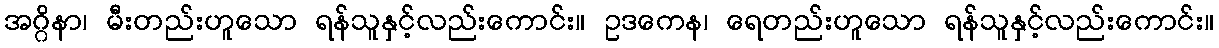
အဂ္ဂိနာ၊ မီးတည်းဟူသော ရန်သူနှင့်လည်းကောင်း။ ဥဒကေန၊ ရေတည်းဟူသော ရန်သူနှင့်လည်းကောင်း။